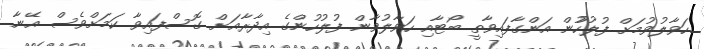
ހަވާލުވުމަށް ފުލުހުުން އަންގާފައިވާތީ ބޯޓާއި ހަވާލުވާން ފުލުހުންގެ އިދާރާއަށް ގޮސްފައިވާ ކަމަށްވެސް އޭނާ